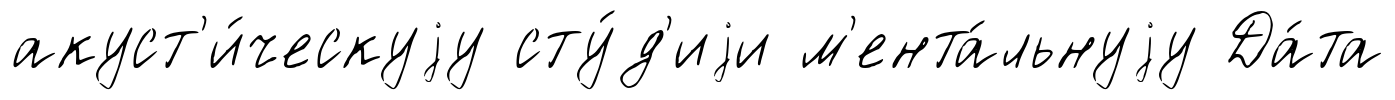
акуст'и́ческуjу сту́д'иjи м'ента́льнуjу Да́та